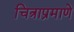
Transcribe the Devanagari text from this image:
चित्राप्रमाणे